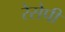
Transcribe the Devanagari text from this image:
रेसेपी